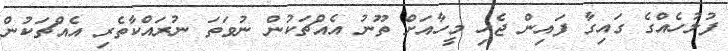
ފުލުހެއްގެ ގައިގާ ފައިން ޖެހި މީހާއަށް ތޫނު އެއްޗަކުން ނުވަތަ ނުރައްކާތެރި އެއްޗަކުން